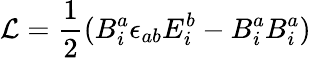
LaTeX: {\cal L}=\frac{1}{2}(B_{i}^{a}\epsilon_{ab}E_{i}^{b}-B_{i}^{a}B_{i}^{a})